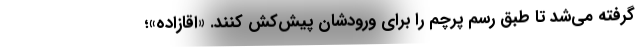
گرفته می‌شد تا طبق رسم پرچم را برای ورودشان پیش‌کش کنند. «اقازاده»؛